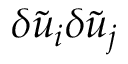
\delta \tilde { { u } } _ { i } \delta \tilde { { u } } _ { j }